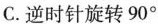
C.逆时针旋转90°